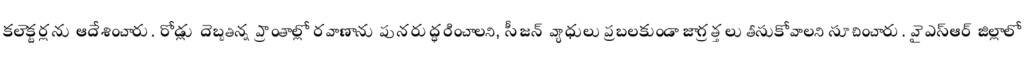
కలెక్టర్లను ఆదేశించారు. రోడ్లు దెబ్బతిన్న ప్రాంతాల్లో రవాణాను పునరుద్ధరించాలని, సీజన్ వ్యాధులు ప్రబలకుండా జాగ్రత్తలు తీసుకోవాలని సూచించారు. వైఎస్ఆర్ జిల్లాలో